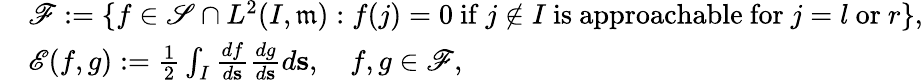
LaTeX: \begin{array}{rl}&{{\mathscr F}:=\{ f\in\mathscr{S}\cap L^{2}(I,\mathfrak{m}):f(j)=0\mathrm{~if~}j\notin I\mathrm{~is~approachable~for~}j=l\mathrm{~or~}r\} ,}\\ &{{\mathscr E}(f,g):=\frac{1}{2}\int_{I}\frac{df}{d\mathbf{s}}\frac{dg}{d\mathbf{s}}d\mathbf{s},\quad f,g\in{\mathscr F},}\end{array}